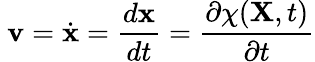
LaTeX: \ \mathbf{v}={\dot{\mathbf{x}}}={\frac{d\mathbf{x}}{dt}}={\frac{\partial\chi(\mathbf{X},t)}{\partial t}}